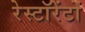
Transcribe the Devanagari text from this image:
रेस्टॉरेंटों